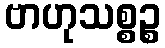
ဗာဟုသစ္စဉ္စ